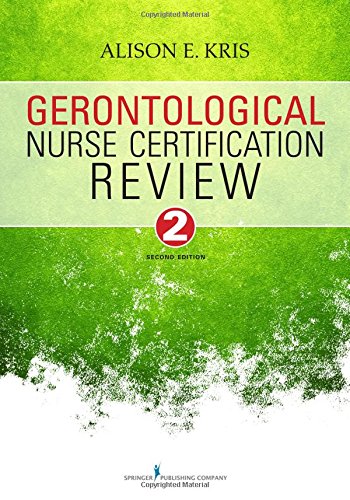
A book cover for Gerontological Nurse Certification Review, Second Edition; Alison E. Kris RN  PhD; Medical Books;